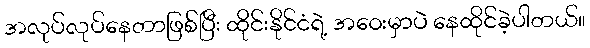
အလုပ်လုပ်နေတာဖြစ်ပြီး ထိုင်းနိုင်ငံရဲ့ အဝေးမှာပဲ နေထိုင်ခဲ့ပါတယ်။